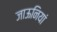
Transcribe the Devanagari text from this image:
जाऊनियां